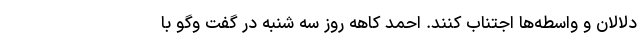
دلالان و واسطه‌ها اجتناب کنند. احمد کاهه روز سه شنبه در گفت وگو با